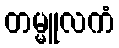
တမ္မူလကံ